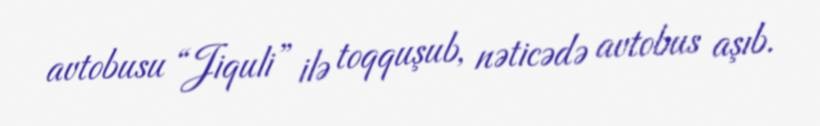
avtobusu “Jiquli” ilə toqquşub, nəticədə avtobus aşıb.